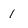
Character: 1